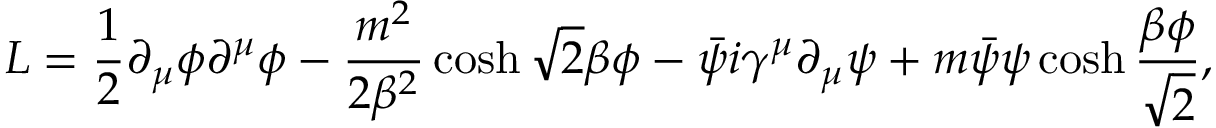
{ \cal L } = \frac 1 2 \partial _ { \mu } \phi \partial ^ { \mu } \phi - \frac { m ^ { 2 } } { 2 \beta ^ { 2 } } \cosh \sqrt 2 \beta \phi - \bar { \psi } i \gamma ^ { \mu } \partial _ { \mu } \psi + m \bar { \psi } \psi \cosh \frac { \beta \phi } { \sqrt 2 } ,